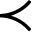
\prec